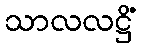
သာလလဋ္ဌိံ